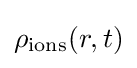
\rho _{\text{ions}}(r,t)